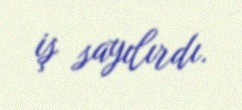
iş sayılırdı.